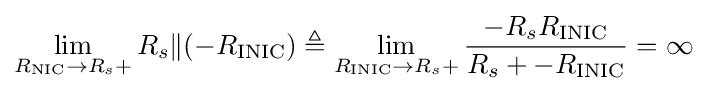
\lim \limits _{R_{\text{NIC}}\to R_{s}+}R_{s}\|(-R_{\text{INIC}})\triangleq \lim \limits _{R_{\text{INIC}}\to R_{s}+}{\frac {-R_{s}R_{\text{INIC}}}{R_{s}+-R_{\text{INIC}}}}=\infty